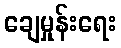
ချေမှုန်းရေး